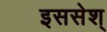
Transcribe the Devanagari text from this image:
इससेश्